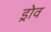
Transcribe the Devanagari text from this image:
ड्रोव